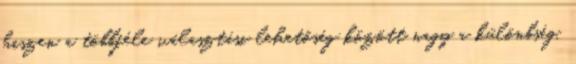
hiszen a többféle választási lehetőség között nagy a különbség.